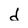
Character: d